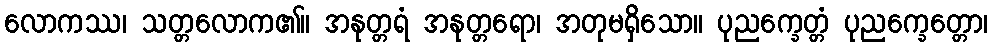
လောကဿ၊ သတ္တလောက၏။ အနုတ္တရံ အနုတ္တရော၊ အတုမရှိသော။ ပုညက္ခေတ္တံ ပုညက္ခေတ္တော၊